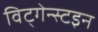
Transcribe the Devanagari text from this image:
विट्गेन्स्टइन